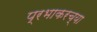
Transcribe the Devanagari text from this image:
प्रभाकरच्या